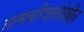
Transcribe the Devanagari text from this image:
आत्मचरित्रातदेखील